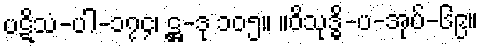
ပဋိသံ-ပါ-၁၇၄၊ ဋ္ဌ-ဒု ၁၀၅။ ။ဝိသုဒ္ဓိ-ပ-အုပ်-၆၉။